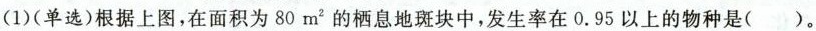
(1) (单选) 根据上图，在面积为80 m^{2} 的栖息地斑块中，发生率在0.95以上的物种是()。